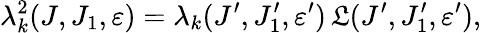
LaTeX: \lambda_{k}^{2}(J,J_{1},\varepsilon)=\lambda_{k}(J^{\prime},J_{1}^{\prime},\varepsilon^{\prime})\, \mathfrak{L}(J^{\prime},J_{1}^{\prime},\varepsilon^{\prime}),